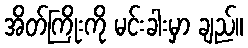
အိတ်ကြိုးကို မင်းခါးမှာ ချည်။